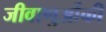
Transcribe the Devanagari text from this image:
जीवाणुओंकी